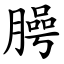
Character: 㬽